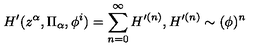
H ^ { \prime } ( z ^ { \alpha } , \Pi _ { \alpha } , \phi ^ { i } ) = \sum _ { n = 0 } ^ { \infty } H ^ { \prime ( n ) } , { } H ^ { \prime ( n ) } \sim ( \phi ) ^ { n }